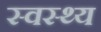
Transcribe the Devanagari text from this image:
स्‍वस्‍थ्‍य